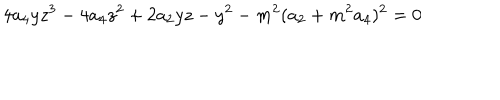
4 a _ { 4 } y z ^ { 3 } - 4 a _ { 4 } z ^ { 2 } + 2 a _ { 2 } y z - y ^ { 2 } - m ^ { 2 } ( a _ { 2 } + m ^ { 2 } a _ { 4 } ) ^ { 2 } = 0